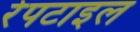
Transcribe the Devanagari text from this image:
रेपटाइल